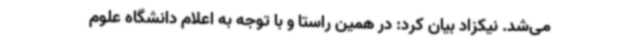
می‌شد. نیکزاد بیان کرد: در همین راستا و با توجه به اعلام دانشگاه علوم